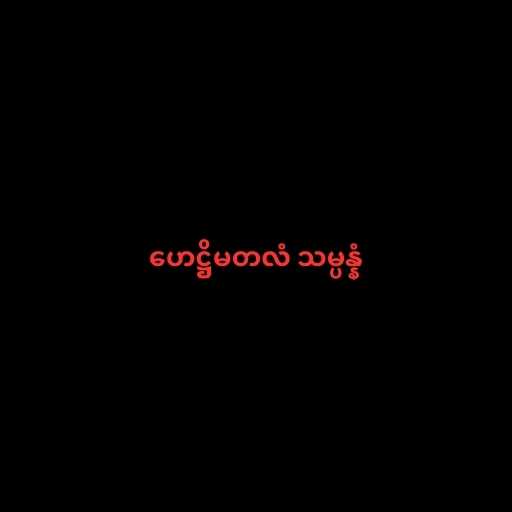
ဟေဋ္ဌိမတလံ သမ္ပန္နံ